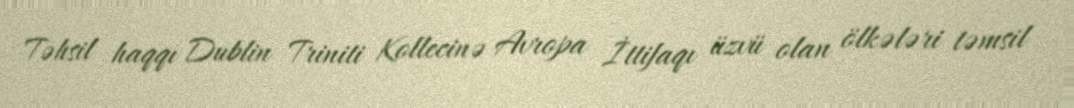
Təhsil haqqı Dublin Triniti Kollecinə Avropa İttifaqı üzvü olan ölkələri təmsil